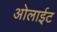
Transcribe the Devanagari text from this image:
ओलाईट